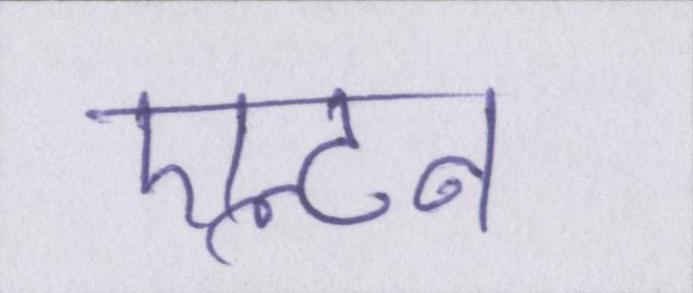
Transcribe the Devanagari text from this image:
एल्टन